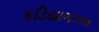
કડિયાગઝલ